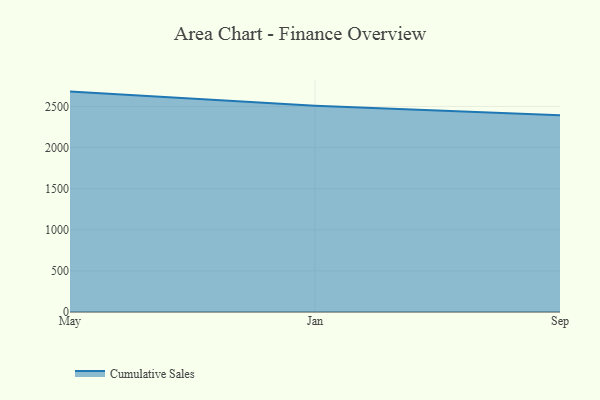
{"axis": {"x": "Month", "y": "LTV (USD)"}, "legend": ["Cumulative Sales"], "data": [{"x": "May", "y": 2680.3, "type": "Cumulative Sales"}, {"x": "Jan", "y": 2508.6, "type": "Cumulative Sales"}, {"x": "Sep", "y": 2392.5, "type": "Cumulative Sales"}]}